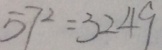
5 7 ^ { 2 } = 3 2 4 9